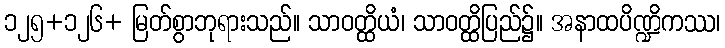
၁၂၅+၁၂၆+ မြတ်စွာဘုရားသည်။ သာဝတ္ထိယံ၊ သာဝတ္ထိပြည်၌။ အနာထပိဏ္ဍိကဿ၊